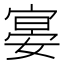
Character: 𡩷